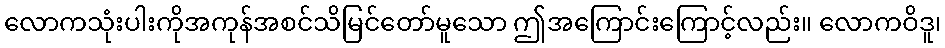
လောကသုံးပါးကိုအကုန်အစင်သိမြင်တော်မူသော ဤအကြောင်းကြောင့်လည်း။ လောကဝိဒူ၊